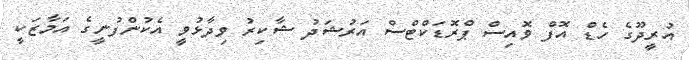
އުރީދޫގެ ހެޑް އޮފް ވޮއިސް ޕްރޮޑަކްޓްސް އަރުޝަދު ޝާކިރު ވިދާޅުވީ އެކުންފުނީގެ އަމާޒަކީ